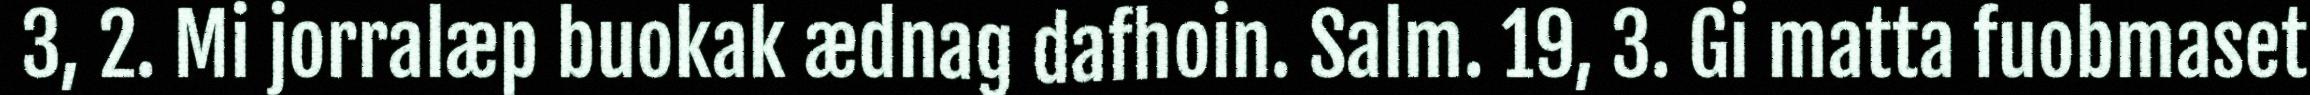
3, 2. Mi jorralæp buokak ædnag dafhoin. Salm. 19, 3. Gi matta fuobmaset